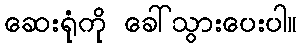
ဆေးရုံကို ခေါ်သွားပေးပါ။